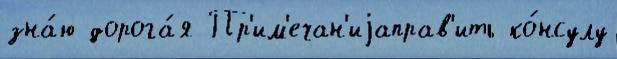
зна́ю дорога́я Пр'им'ечан'иjаправ'ить ко́нсулу